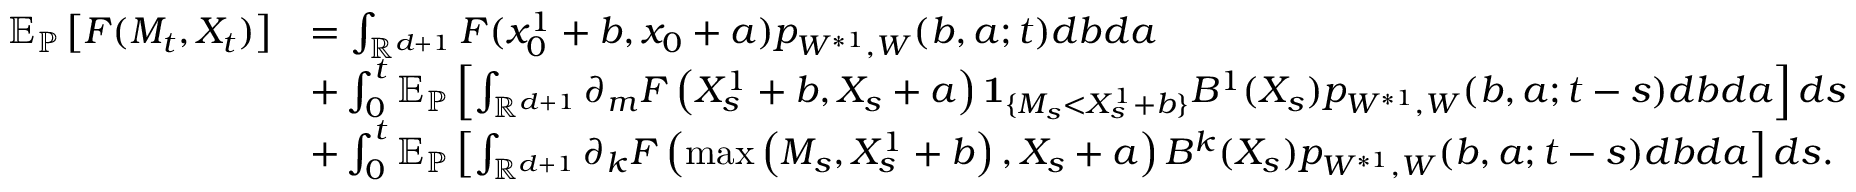
\begin{array} { r l } { { \mathbb E } _ { \mathbb { P } } \left[ F ( M _ { t } , X _ { t } ) \right] } & { = \int _ { { \mathbb R } ^ { d + 1 } } F ( x _ { 0 } ^ { 1 } + b , x _ { 0 } + a ) p _ { W ^ { * 1 } , W } ( b , a ; t ) d b d a } \\ & { + \int _ { 0 } ^ { t } { \mathbb E } _ { \mathbb { P } } \left[ \int _ { { \mathbb R } ^ { d + 1 } } \partial _ { m } F \left( X _ { s } ^ { 1 } + b , X _ { s } + a \right) { \mathbf 1 } _ { \{ M _ { s } < X _ { s } ^ { 1 } + b \} } B ^ { 1 } ( X _ { s } ) p _ { W ^ { * 1 } , W } ( b , a ; t - s ) d b d a \right] d s } \\ & { + \int _ { 0 } ^ { t } { \mathbb E } _ { \mathbb { P } } \left[ \int _ { { \mathbb R } ^ { d + 1 } } { \partial _ { k } } F \left( \operatorname* { m a x } \left( M _ { s } , X _ { s } ^ { 1 } + b \right) , X _ { s } + a \right) B ^ { k } ( X _ { s } ) p _ { W ^ { * 1 } , W } ( b , a ; t - s ) d b d a \right] d s . } \end{array}